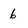
Character: 6